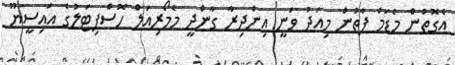
އެގޮތުން މެޑަމް ފާތުން މިއަދު ވަނީ އިންދިރާ ގާންދީ މެމޯރިއަލް ހޮސްޕިޓަލުގެ އައިސީޔޫ